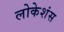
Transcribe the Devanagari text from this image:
लोकेशंस